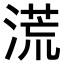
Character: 𣺬